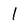
Character: l